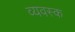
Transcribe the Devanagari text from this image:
व्यवस्क